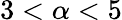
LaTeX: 3<\alpha<5